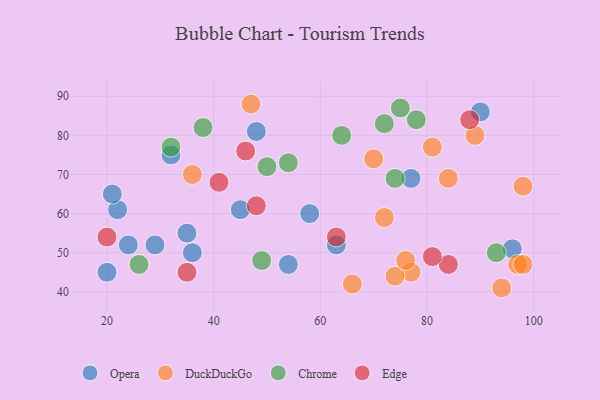
{"axis": {"x": "GDP", "y": "Life Expectancy"}, "legend": ["Chrome", "DuckDuckGo", "Edge", "Opera"], "data": [{"x": "63", "y": 52, "type": "Opera"}, {"x": "24", "y": 52, "type": "Opera"}, {"x": "54", "y": 47, "type": "Opera"}, {"x": "45", "y": 61, "type": "Opera"}, {"x": "20", "y": 45, "type": "Opera"}, {"x": "32", "y": 75, "type": "Opera"}, {"x": "90", "y": 86, "type": "Opera"}, {"x": "22", "y": 61, "type": "Opera"}, {"x": "96", "y": 51, "type": "Opera"}, {"x": "58", "y": 60, "type": "Opera"}, {"x": "29", "y": 52, "type": "Opera"}, {"x": "21", "y": 65, "type": "Opera"}, {"x": "36", "y": 50, "type": "Opera"}, {"x": "48", "y": 81, "type": "Opera"}, {"x": "77", "y": 69, "type": "Opera"}, {"x": "35", "y": 55, "type": "Opera"}, {"x": "70", "y": 74, "type": "DuckDuckGo"}, {"x": "36", "y": 70, "type": "DuckDuckGo"}, {"x": "97", "y": 47, "type": "DuckDuckGo"}, {"x": "72", "y": 59, "type": "DuckDuckGo"}, {"x": "81", "y": 77, "type": "DuckDuckGo"}, {"x": "77", "y": 45, "type": "DuckDuckGo"}, {"x": "98", "y": 47, "type": "DuckDuckGo"}, {"x": "74", "y": 44, "type": "DuckDuckGo"}, {"x": "89", "y": 80, "type": "DuckDuckGo"}, {"x": "66", "y": 42, "type": "DuckDuckGo"}, {"x": "84", "y": 69, "type": "DuckDuckGo"}, {"x": "98", "y": 67, "type": "DuckDuckGo"}, {"x": "76", "y": 48, "type": "DuckDuckGo"}, {"x": "94", "y": 41, "type": "DuckDuckGo"}, {"x": "47", "y": 88, "type": "DuckDuckGo"}, {"x": "72", "y": 83, "type": "Chrome"}, {"x": "26", "y": 47, "type": "Chrome"}, {"x": "38", "y": 82, "type": "Chrome"}, {"x": "93", "y": 50, "type": "Chrome"}, {"x": "78", "y": 84, "type": "Chrome"}, {"x": "64", "y": 80, "type": "Chrome"}, {"x": "74", "y": 69, "type": "Chrome"}, {"x": "75", "y": 87, "type": "Chrome"}, {"x": "32", "y": 77, "type": "Chrome"}, {"x": "54", "y": 73, "type": "Chrome"}, {"x": "49", "y": 48, "type": "Chrome"}, {"x": "50", "y": 72, "type": "Chrome"}, {"x": "63", "y": 54, "type": "Edge"}, {"x": "48", "y": 62, "type": "Edge"}, {"x": "88", "y": 84, "type": "Edge"}, {"x": "35", "y": 45, "type": "Edge"}, {"x": "46", "y": 76, "type": "Edge"}, {"x": "20", "y": 54, "type": "Edge"}, {"x": "84", "y": 47, "type": "Edge"}, {"x": "81", "y": 49, "type": "Edge"}, {"x": "41", "y": 68, "type": "Edge"}]}